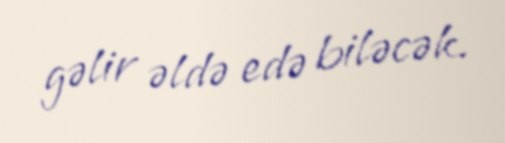
gəlir əldə edə biləcək.